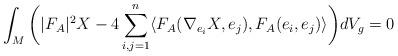
LaTeX: \begin{align*}\int_{M} \bigg{(}|F_A|^2X-4\sum_{i,j=1}^n \langle F_A(\nabla_{e_i}X,e_j),F_A(e_i,e_j)\rangle \bigg{)} dV_g=0\end{align*}